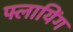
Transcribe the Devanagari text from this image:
फ्लायिंग